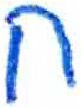
אות: ח